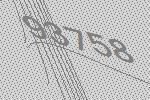
93758